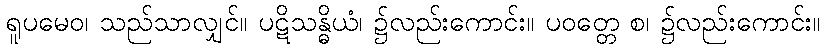
ရူပမေဝ၊ သည်သာလျှင်။ ပဋိသန္ဓိယံ၊ ၌လည်းကောင်း။ ပဝတ္တေ စ၊ ၌လည်းကောင်း။